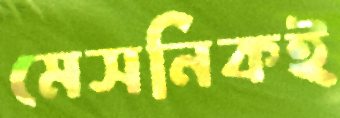
মেসনিকই